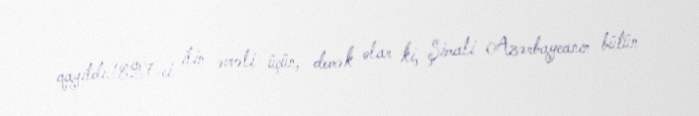
qayıtdı.1827-ci ilin əvvəli üçün, demək olar ki, Şimali Azərbaycanın bütün